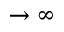
\rightarrow \infty